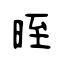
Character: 晊